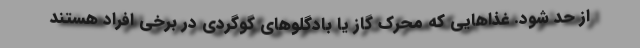
از حد شود. غذاهایی که محرک گاز یا بادگلوهای گوگردی در برخی افراد هستند